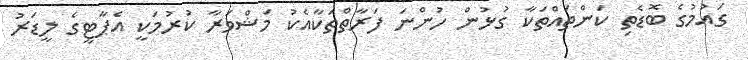
ގައުމުގެ ބޮޑެތި ކަންތައްތަކާ ގުޅުން ހުންނަ ފަރާތްތަކާއެކު މަޝްވަރާ ކުރުމަކީ އެޕާޓީގެ ލީޑަރު